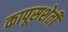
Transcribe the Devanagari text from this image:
कापूसशेती